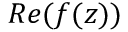
R e ( f ( z ) )